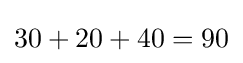
30+20+40=90